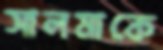
সালমাকে